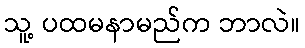
သူ့ ပထမနာမည်က ဘာလဲ။